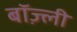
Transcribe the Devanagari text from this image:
बॉज़्ली